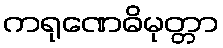
ကရုဏေဓိမုတ္တာ